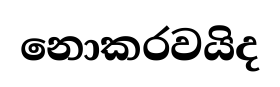
නොකරවයිද